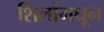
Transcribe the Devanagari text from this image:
शिलांमधून